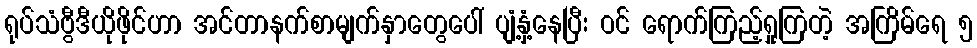
ရုပ်သံဗွီဒီယိုဖိုင်ဟာ အင်တာနက်စာမျက်နှာတွေပေါ် ပျံ့နှံ့နေပြီး ဝင် ရောက်ကြည့်ရှုကြတဲ့ အကြိမ်ရေ ၅